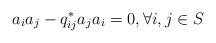
LaTeX: \begin{align*}a_{i}a_{j} - q_{ij}^{*}a_{j}a_{i} = 0 , \forall i,j \in S\end{align*}